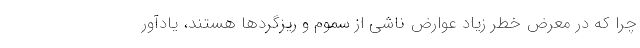
چرا که در معرض خطر زیاد عوارض ناشی از سموم و ریزگردها هستند، یادآور